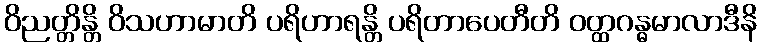
ဝိညတ္တိန္တိ ဝိသဟာမာတိ ပရိဟာရန္တိ ပရိတာပေတီတိ ဝတ္ထဂန္ဓမာလာဒီနိ